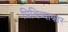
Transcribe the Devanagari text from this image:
प्रिथिव्याकार